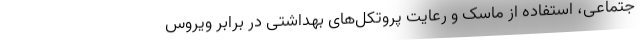
جتماعی، استفاده از ماسک و رعایت پروتکل‌های بهداشتی در برابر ویروس